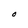
Character: O